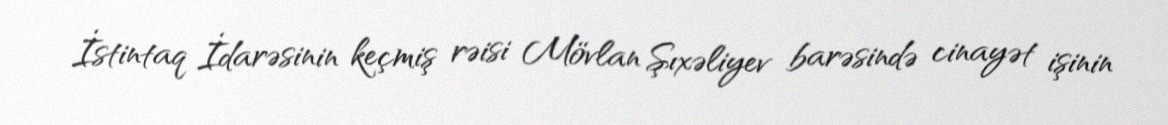
İstintaq İdarəsinin keçmiş rəisi Mövlan Şıxəliyev barəsində cinayət işinin